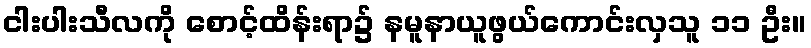
ငါးပါးသီလကို စောင့်ထိန်းရာ၌ နမူနာယူဖွယ်ကောင်းလှသူ ၁၁ ဦး။